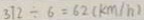
3 7 2 \div 6 = 6 2 ( k m / h )